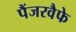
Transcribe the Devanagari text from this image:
पैंजरवैफे